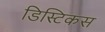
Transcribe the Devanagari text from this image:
डिस्टिकस